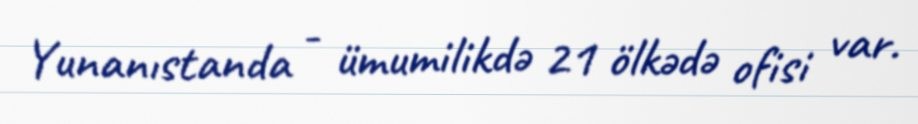
Yunanıstanda - ümumilikdə 21 ölkədə ofisi var.